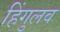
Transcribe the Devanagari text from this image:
हिंगुलव